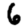
Digit: 6